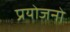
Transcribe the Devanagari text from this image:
प्रयोजनो